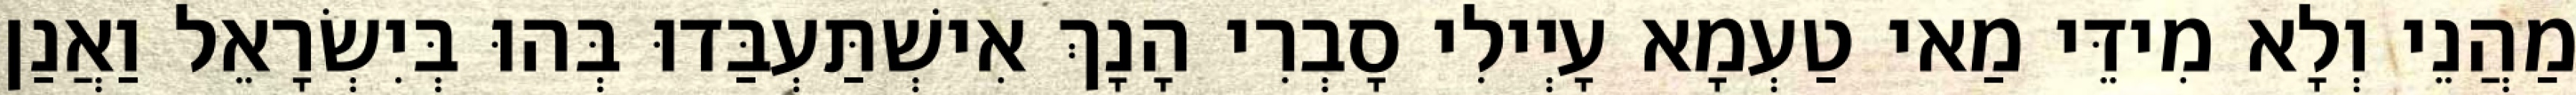
מַהֲנֵי וְלָא מִידֵּי מַאי טַעְמָא עָיְילִי סָבְרִי הָנָךְ אִישְׁתַּעְבַּדוּ בְּהוּ בְּיִשְׂרָאֵל וַאֲנַן